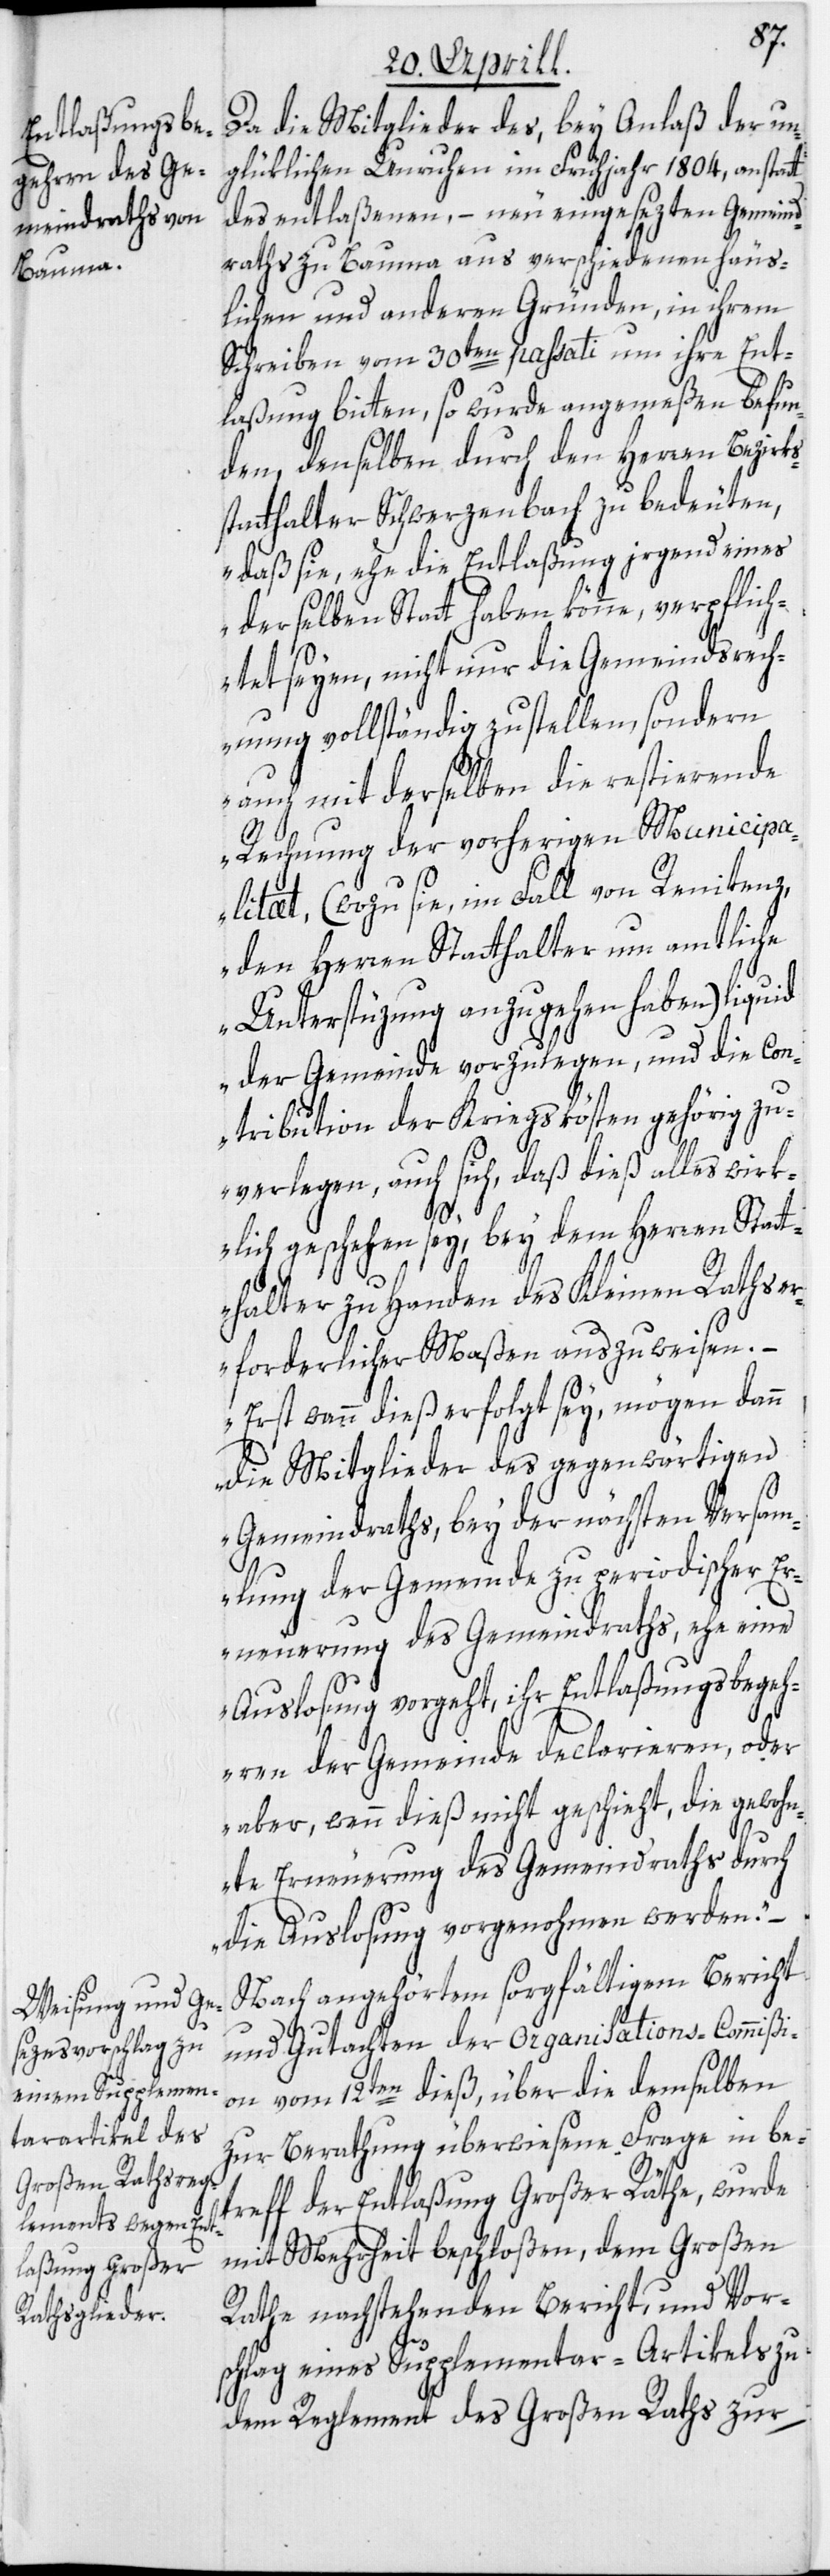
Da die Mitglieder des, bey Anlaß der un¬
glüklichen Unruhen im Frühjahr 1804, anstatt
des entlaßenen, – neu eingesezten Gemeind¬
raths zu Bauma aus verschiedenen häus¬
lichen und anderen Gründen, in ihrem
Schreiben vom 30ten passati um ihre Ent¬
laßung bitten, so wurde angemeßen befun¬
den, denselben durch den Herren Bezirks¬
statthalter Schwerzenbach zu bedeuten,
„daß sie, ehe die Entlaßung irgend eines
derselben Statt haben könne, verpflich¬
tet seyen, nicht nur die Gemeindsrech¬
nung vollständig zu stellen, sondern
auch mit derselben die restierende
Rechnung der vorherigen Municipa¬
litæt, (wozu sie, im Fall von Renitenz,
den Herren Statthalter um amtliche
Unterstüzung anzugehen haben) liquid
der Gemeinde vorzulegen, und die Con¬
tribution der Kriegskösten gehörig zu
verlegen, auch sich, daß dieß alles wirk¬
lich geschehen sey, bey dem Herren Statt¬
halter zu Handen des Kleinen Raths er¬
forderlicher Maßen auszuweisen.
– Erst wenn dieß erfolgt sey, mögen dann
die Mitglieder des gegenwärtigen
Gemeindraths, bey der nächsten Versam¬
mlung der Gemeinde zu periodischer Er¬
neuerung des Gemeindraths, ehe eine
Auslosung vorgeht, ihr Entlaßungsbegeh¬
ren der Gemeinde declarieren, oder
aber, wenn dieß nicht geschieht, die gewohn¬
te Erneuerung des Gemeindraths durch
die Auslosung vorgenohmen werden.“ –
Nach angehörtem sorgfältigem Bericht
und Gutachten der Organisations-Commißi¬
on vom 12ten dieß, über die demselben
zur Berathung überwiesene Frage in be¬
treff der Entlaßung Großer Räthe, wurde
mit Mehrheit beschloßen, dem Großen
Rathe nachstehenden Bericht, und Vor¬
schlag eines Supplementar-Artikels zu
dem Reglement des Großen Raths zur